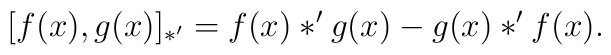
[f(x),g(x)]_{\ast'} = f(x)*'g(x) - g(x)*'f(x).